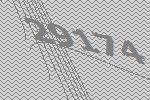
29174